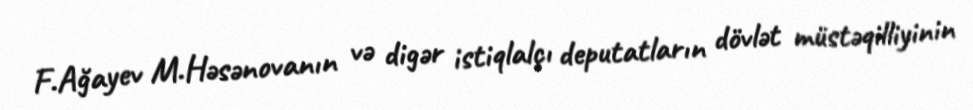
F.Ağayev M.Həsənovanın və digər istiqlalçı deputatların dövlət müstəqilliyinin